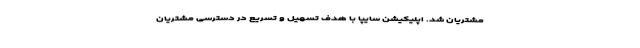
مشتریان شد. اپلیکیشن سایپا با هدف تسهیل و تسریع در دسترسی مشتریان